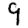
Digit: 9